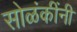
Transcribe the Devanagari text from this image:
सोळंकींनी